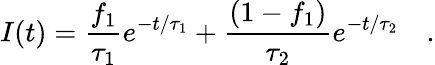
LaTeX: I(t)=\frac{f_{1}}{\tau_{1}}e^{-t/\tau_{1}}+\frac{(1-f_{1})}{\tau_{2}}e^{-t/\tau_{2}}\quad.